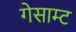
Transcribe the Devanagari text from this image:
गेसाम्ट